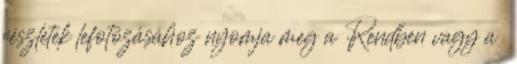
részletek lefotózásához nyomja meg a Rendben vagy a